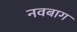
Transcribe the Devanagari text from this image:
नवबाग